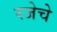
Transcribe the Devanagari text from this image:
रजेचे